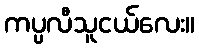
ကပ္ပလီသူငယ်လေး။